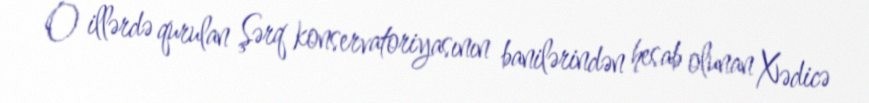
O illərdə qurulan Şərq konservatoriyasının banilərindən hesab olunan Xədicə